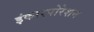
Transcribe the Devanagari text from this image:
इंकारपोरेशन